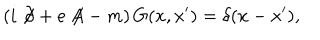
\left( i \not { \! \partial } + e \not { \! \! A } - m \right) G ( x , x ^ { \prime } ) = \delta ( x - x ^ { \prime } ) ,